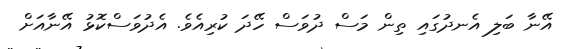
އޭނާ ބަލި އެނދުގައި ތިން މަސް ދުވަސް ހޭދަ ކުރިއެވެ. އެދުވަސްކޮޅު އޭނާއަށް